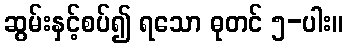
ဆွမ်းနှင့်စပ်၍ ရသော ဓုတင် ၅-ပါး။